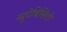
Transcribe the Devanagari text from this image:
म्यूटेबिलिटी